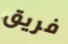
فريق